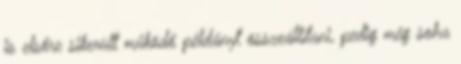
is elsőre sikerült működő példányt összeállítani, pedig még soha